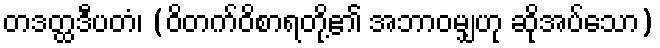
တဒတ္ထဒီပတံ၊ (ဝိတက်ဝိစာရတို့၏ အဘာဝမျှဟု ဆိုအပ်သော)